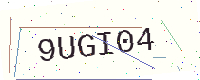
Text: 9UGI04